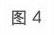
图4